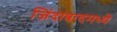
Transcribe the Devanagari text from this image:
जिंदाबादमध्ये